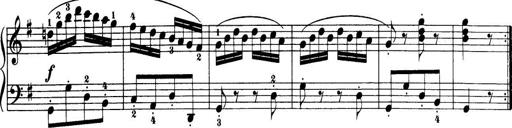
Title: 32 Sonatinas and Rondos for the Piano
Composer: Richard Kleinmichel